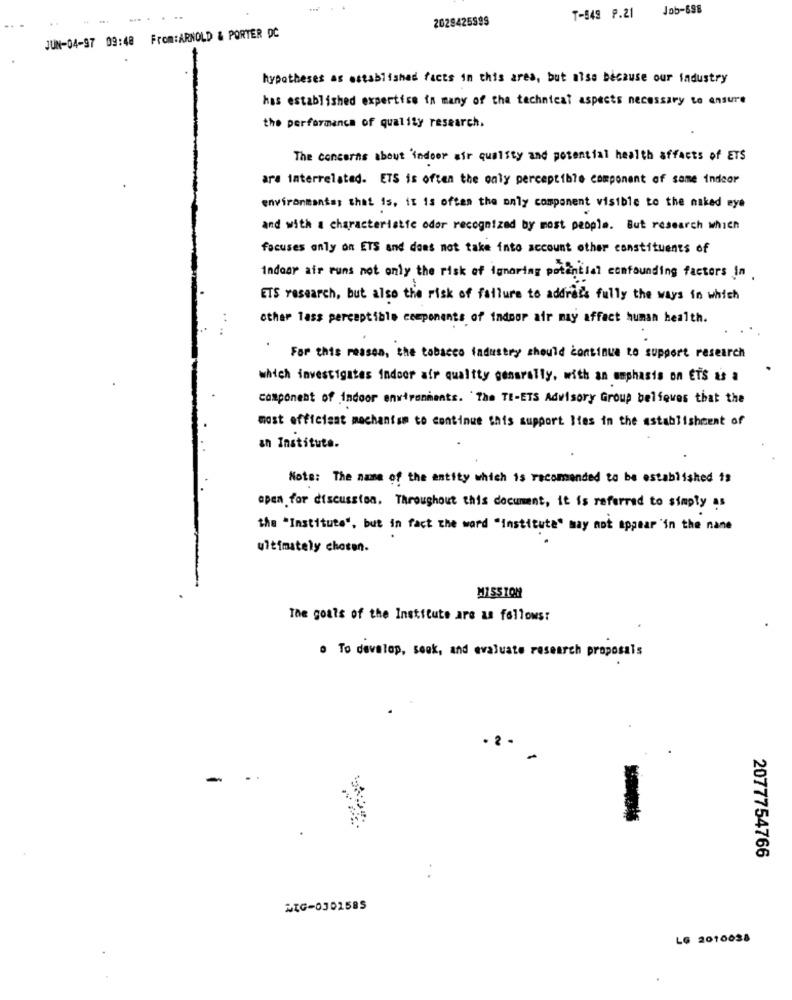
Job-698
2029425999
T-849 P.21
JUN-04-97 09:48 From:ARNOLD & PORTER DC
hypotheses as established facts in this area, but also because our Industry
has established expertise in many of the technical aspects necessary to ensure
the performance of quality research.
The concerns about 'indeer air quality and potential health affacts of ETS
are interrelated. ETS is often the only perceptible component of some indoor
environmental that is, it is often the only component visible to the naked eye
and with a characteristic odor recognized by most people. But research which
focuses only on ETS and does not take into account other constituents of
Indoor air runs not only the risk of ignoring potential confounding factors in.
ETS research, but also the risk of failure to address fully the ways in which
other Tass perceptible components of indoor air may affect human health.
.
For this reason, the tobacco ladustry should continue to support research
which investigates indoor air quality generally, with an emphasis on ETS as a
component of indoor environments. 'The Tt-ETS Advisory Group belfoves that the
most efficient mechanism to continue this support lies in the establishment of
an Institute.
Note: The name of the entity which is recomended to be established is
apen for discussion. Throughout this document, it is referred to simply es
the "Institute", but in fact the word "institute" may not appear 'in the nane
ultimately chosen.
MISSION
The goals of the Institute are as follows:
. To develop, seek, and evaluate research proposals
-
2077754766
MIG-0302585
LG 2010038